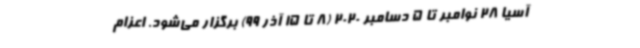
آسیا 28 نوامبر تا 5 دسامبر 2020 (8 تا 15 آذر 99) برگزار می‌شود. اعزام